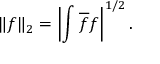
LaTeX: \| f \| _ { 2 } = \left| \int \overline { { f } } f \right| ^ { 1 / 2 } .